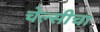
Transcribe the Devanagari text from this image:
चेल्सीचा